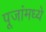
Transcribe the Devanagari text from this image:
पूजांमध्ये